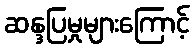
ဆန္ဒပြမှုများကြောင့်